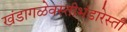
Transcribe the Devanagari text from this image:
खंडागळेवस्तीभंडारेस्ती